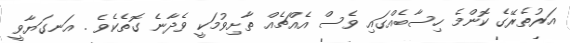
އަރުތެރޭގެ ކޮންމެ ހިސާބެއްގައި ވެސް އެއްޗެއް ތާށިވުމަކީ ވެދާނެ ގޮތެކެވެ . އަނގަޔާވީ